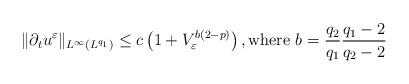
LaTeX: \begin{align*}\|\partial_t u^\varepsilon\|_{L^\infty(L^{q_1})} \leq c\left(1+V_\varepsilon^{b(2-p)}\right), \mbox{where }b = \frac {q_2}{q_1}\frac{q_1 - 2}{q_2-2}\end{align*}